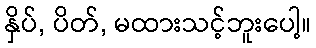
နှိပ်, ပိတ်, မထားသင့်ဘူးပေါ့။